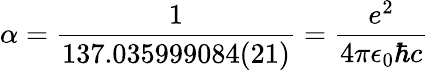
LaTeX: \alpha=\frac{1}{137.035999084(21)}=\frac{e^{2}}{4\pi\epsilon_{0}\hbar c}